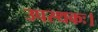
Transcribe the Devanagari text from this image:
उपस्थकः।